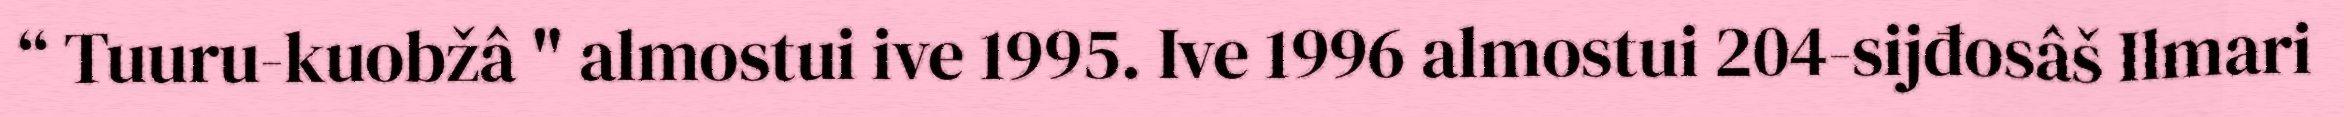
“ Tuuru-kuobžâ " almostui ive 1995. Ive 1996 almostui 204-sijđosâš Ilmari